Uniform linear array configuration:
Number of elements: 64
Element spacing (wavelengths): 0.25
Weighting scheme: hann
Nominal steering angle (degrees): -15
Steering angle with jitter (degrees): -16.498
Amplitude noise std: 0.05
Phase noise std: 0.05

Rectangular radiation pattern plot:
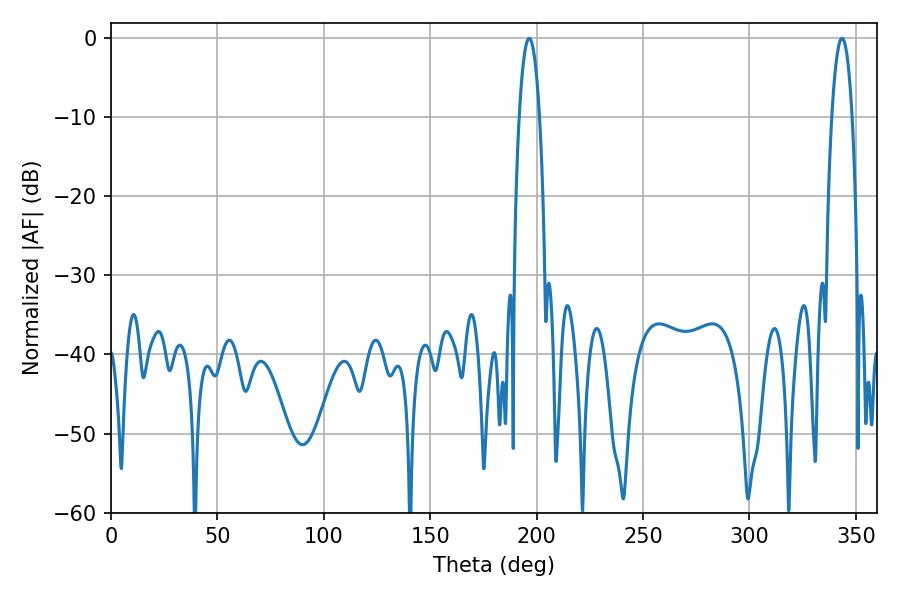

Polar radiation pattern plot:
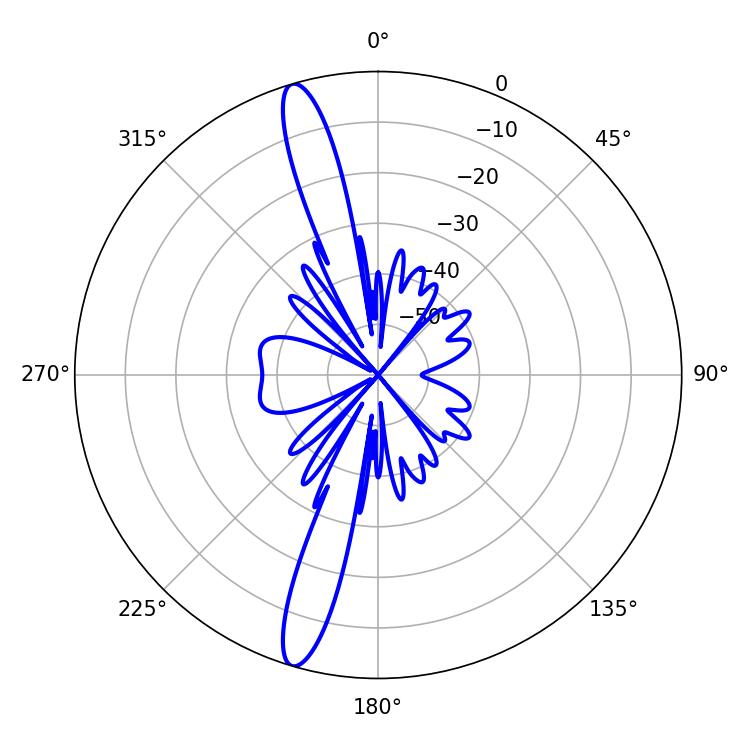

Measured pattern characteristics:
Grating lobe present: FALSE
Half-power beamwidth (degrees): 5.22
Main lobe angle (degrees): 196.56